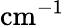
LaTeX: \mathrm{cm}^{-1}